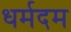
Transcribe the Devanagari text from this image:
धर्मदम